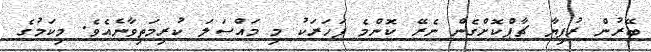
ބޭރުން ރުފިޔާ ޗާޕްކޮށްގެން ނެރޭ ކޮންމެ ފަހަރަކު މި މައްސަލަ ކުރިމަތިވާނެއެވެ. މިކަމުގެ